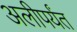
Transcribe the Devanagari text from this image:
अलीपर्यंत